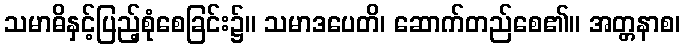
သမာဓိနှင့်ပြည့်စုံစေခြင်း၌။ သမာဒပေတိ၊ ဆောက်တည်စေ၏။ အတ္တနာစ၊